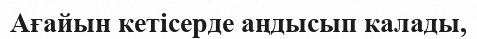
Ағайын кетісерде аңдысып калады,